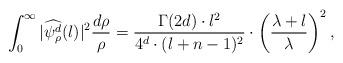
LaTeX: \begin{align*}\int_0^\infty|\widehat{\psi_\rho^d}(l)|^2\frac{d\rho}{\rho}&=\frac{\Gamma(2d)\cdot l^2}{4^d\cdot(l+n-1)^2}\cdot\left(\frac{\lambda+l}{\lambda}\right)^2,\end{align*}